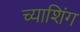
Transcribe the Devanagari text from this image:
च्याशिंग